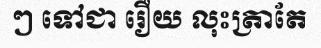
ៗ ទៅជា រឿយ លុះត្រាតែ